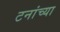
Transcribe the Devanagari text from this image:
टनांच्या